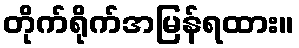
တိုက်ရိုက်အမြန်ရထား။